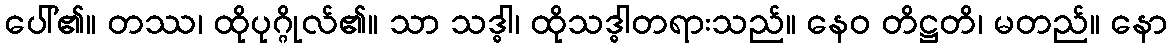
ပေါ်၏။ တဿ၊ ထိုပုဂ္ဂိုလ်၏။ သာ သဒ္ဓါ၊ ထိုသဒ္ဓါတရားသည်။ နေဝ တိဋ္ဌတိ၊ မတည်။ နော